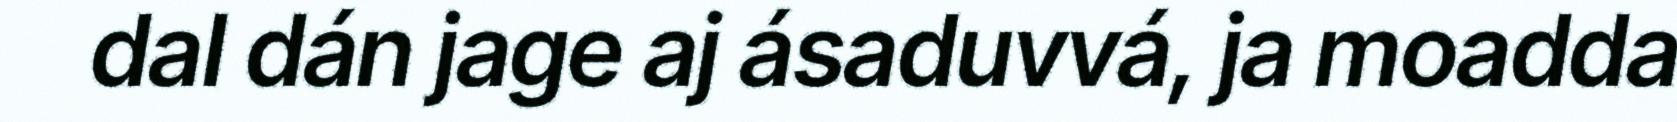
dal dán jage aj ásaduvvá, ja moadda